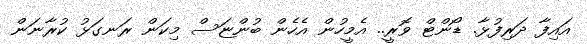
އައިފާ ދަރިފުޅާ. ޑޯންޓް ވޮރީ.. އެމީހުން އެހެން ބުންޏަސް މިކަން ރަނގަޅު ކުރާނަން